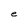
Character: e